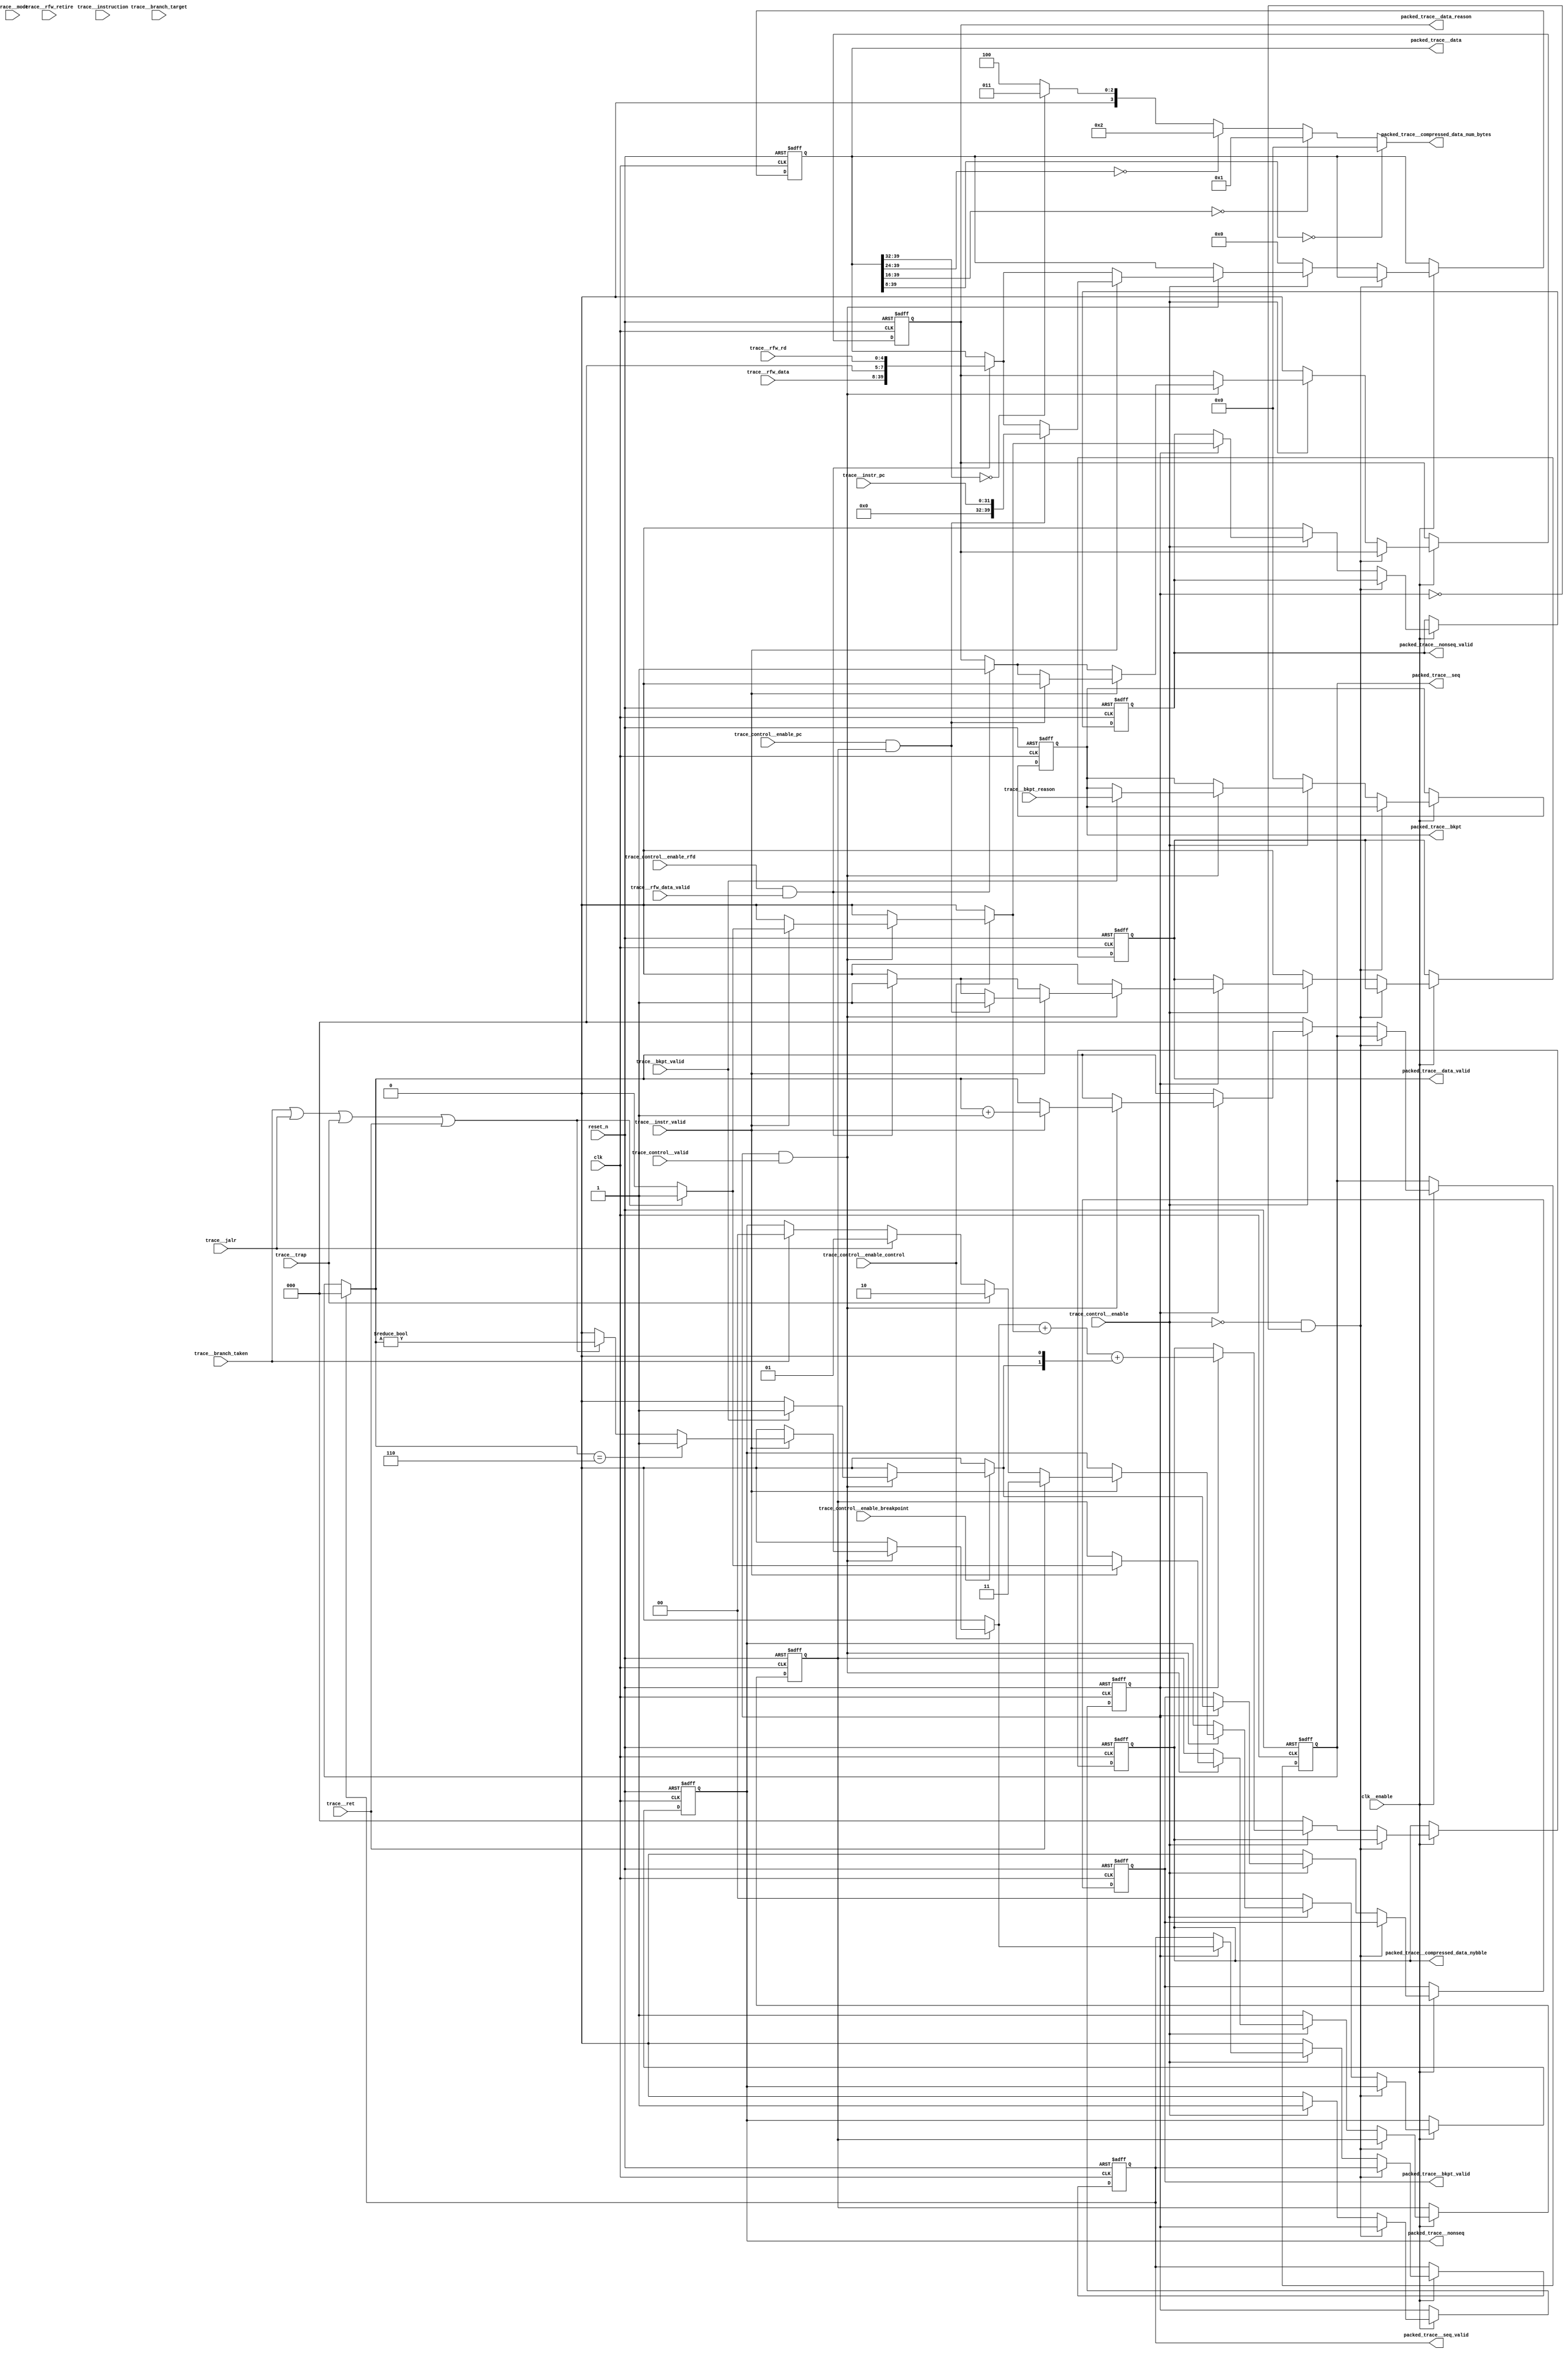
//a Note: created by CDL 1.4 - do not hand edit without recognizing it will be out of sync with the source
// Output mode 0 (VMOD=1, standard verilog=0)
// Verilog option comb reg suffix '__var'
// Verilog option include_displays 0
// Verilog option include_assertions 1
// Verilog option sv_assertions 0
// Verilog option assert delay string '<NULL>'
// Verilog option include_coverage 0
// Verilog option clock_gate_module_instance_type 'banana'
// Verilog option clock_gate_module_instance_extra_ports ''
// Verilog option use_always_at_star 1
// Verilog option clocks_must_have_enables 1

//a Module riscv_i32_trace_pack
    //   
    //   Packs an instruction trace according to the control passed in
    //   
module riscv_i32_trace_pack
(
    clk,
    clk__enable,

    trace__instr_valid,
    trace__mode,
    trace__instr_pc,
    trace__instruction,
    trace__branch_taken,
    trace__branch_target,
    trace__trap,
    trace__ret,
    trace__jalr,
    trace__rfw_retire,
    trace__rfw_data_valid,
    trace__rfw_rd,
    trace__rfw_data,
    trace__bkpt_valid,
    trace__bkpt_reason,
    trace_control__enable,
    trace_control__enable_control,
    trace_control__enable_pc,
    trace_control__enable_rfd,
    trace_control__enable_breakpoint,
    trace_control__valid,
    reset_n,

    packed_trace__seq_valid,
    packed_trace__seq,
    packed_trace__nonseq_valid,
    packed_trace__nonseq,
    packed_trace__bkpt_valid,
    packed_trace__bkpt,
    packed_trace__data_valid,
    packed_trace__data_reason,
    packed_trace__data,
    packed_trace__compressed_data_nybble,
    packed_trace__compressed_data_num_bytes
);

    //b Clocks
        //   Free-running clock
    input clk;
    input clk__enable;

    //b Inputs
        //   Trace signals
    input trace__instr_valid;
    input [2:0]trace__mode;
    input [31:0]trace__instr_pc;
    input [31:0]trace__instruction;
    input trace__branch_taken;
    input [31:0]trace__branch_target;
    input trace__trap;
    input trace__ret;
    input trace__jalr;
    input trace__rfw_retire;
    input trace__rfw_data_valid;
    input [4:0]trace__rfw_rd;
    input [31:0]trace__rfw_data;
    input trace__bkpt_valid;
    input [3:0]trace__bkpt_reason;
        //   Control of trace
    input trace_control__enable;
    input trace_control__enable_control;
    input trace_control__enable_pc;
    input trace_control__enable_rfd;
    input trace_control__enable_breakpoint;
    input trace_control__valid;
        //   Active low reset
    input reset_n;

    //b Outputs
        //   Packed trace
    output packed_trace__seq_valid;
    output [2:0]packed_trace__seq;
    output packed_trace__nonseq_valid;
    output [1:0]packed_trace__nonseq;
    output packed_trace__bkpt_valid;
    output [3:0]packed_trace__bkpt;
    output packed_trace__data_valid;
    output packed_trace__data_reason;
    output [39:0]packed_trace__data;
    output [2:0]packed_trace__compressed_data_nybble;
    output [3:0]packed_trace__compressed_data_num_bytes;

// output components here

    //b Output combinatorials
        //   Packed trace
    reg packed_trace__seq_valid;
    reg [2:0]packed_trace__seq;
    reg packed_trace__nonseq_valid;
    reg [1:0]packed_trace__nonseq;
    reg packed_trace__bkpt_valid;
    reg [3:0]packed_trace__bkpt;
    reg packed_trace__data_valid;
    reg packed_trace__data_reason;
    reg [39:0]packed_trace__data;
    reg [2:0]packed_trace__compressed_data_nybble;
    reg [3:0]packed_trace__compressed_data_num_bytes;

    //b Output nets

    //b Internal and output registers
    reg trace_state__enabled;
    reg trace_state__pc_required;
    reg trace_state__packed_trace__seq_valid;
    reg [2:0]trace_state__packed_trace__seq;
    reg trace_state__packed_trace__nonseq_valid;
    reg [1:0]trace_state__packed_trace__nonseq;
    reg trace_state__packed_trace__bkpt_valid;
    reg [3:0]trace_state__packed_trace__bkpt;
    reg trace_state__packed_trace__data_valid;
    reg trace_state__packed_trace__data_reason;
    reg [39:0]trace_state__packed_trace__data;
    reg [2:0]trace_state__packed_trace__compressed_data_nybble;
    reg [3:0]trace_state__packed_trace__compressed_data_num_bytes;

    //b Internal combinatorials
    reg [2:0]trace_combs__current_seq;
    reg [2:0]trace_combs__next_seq;
    reg trace_combs__next_seq_valid;
    reg trace_combs__next_nonseq_valid;
    reg trace_combs__next_bkpt_valid;
    reg trace_combs__next_data_valid;

    //b Internal nets

    //b Clock gating module instances
    //b Module instances
    //b compressed_trace_out combinatorial process
        //   
        //       Present the state - but bytes_valid is combinatorial from the state
        //       
    always @ ( * )//compressed_trace_out
    begin: compressed_trace_out__comb_code
    reg [3:0]packed_trace__compressed_data_num_bytes__var;
        packed_trace__seq_valid = trace_state__packed_trace__seq_valid;
        packed_trace__seq = trace_state__packed_trace__seq;
        packed_trace__nonseq_valid = trace_state__packed_trace__nonseq_valid;
        packed_trace__nonseq = trace_state__packed_trace__nonseq;
        packed_trace__bkpt_valid = trace_state__packed_trace__bkpt_valid;
        packed_trace__bkpt = trace_state__packed_trace__bkpt;
        packed_trace__data_valid = trace_state__packed_trace__data_valid;
        packed_trace__data_reason = trace_state__packed_trace__data_reason;
        packed_trace__data = trace_state__packed_trace__data;
        packed_trace__compressed_data_nybble = trace_state__packed_trace__compressed_data_nybble;
        packed_trace__compressed_data_num_bytes__var = trace_state__packed_trace__compressed_data_num_bytes;
        packed_trace__compressed_data_num_bytes__var = 4'h4;
        if ((packed_trace__data[39:32]==8'h0))
        begin
            packed_trace__compressed_data_num_bytes__var = 4'h3;
        end //if
        if ((packed_trace__data[39:24]==16'h0))
        begin
            packed_trace__compressed_data_num_bytes__var = 4'h2;
        end //if
        if ((packed_trace__data[39:16]==24'h0))
        begin
            packed_trace__compressed_data_num_bytes__var = 4'h1;
        end //if
        if ((packed_trace__data[39:8]==32'h0))
        begin
            packed_trace__compressed_data_num_bytes__var = 4'h0;
        end //if
        packed_trace__compressed_data_num_bytes = packed_trace__compressed_data_num_bytes__var;
    end //always

    //b trace_state_logic__comb combinatorial process
        //   
        //       Probably a trap can happen even if trace.instr_valid is not asserted
        //       
    always @ ( * )//trace_state_logic__comb
    begin: trace_state_logic__comb_code
    reg [2:0]trace_combs__current_seq__var;
    reg [2:0]trace_combs__next_seq__var;
    reg trace_combs__next_seq_valid__var;
    reg trace_combs__next_nonseq_valid__var;
    reg trace_combs__next_bkpt_valid__var;
    reg trace_combs__next_data_valid__var;
        trace_combs__current_seq__var = trace_state__packed_trace__seq;
        if ((trace_state__packed_trace__seq_valid!=1'h0))
        begin
            trace_combs__current_seq__var = 3'h0;
        end //if
        trace_combs__next_seq__var = trace_combs__current_seq__var;
        trace_combs__next_seq_valid__var = 1'h0;
        trace_combs__next_nonseq_valid__var = 1'h0;
        trace_combs__next_bkpt_valid__var = 1'h0;
        trace_combs__next_data_valid__var = 1'h0;
        if (((trace_state__enabled!=1'h0)&&(trace_control__valid!=1'h0)))
        begin
            if ((trace__bkpt_valid!=1'h0))
            begin
                trace_combs__next_bkpt_valid__var = 1'h1;
            end //if
            if (((trace_control__enable_rfd!=1'h0)&&(trace__rfw_data_valid!=1'h0)))
            begin
                trace_combs__next_data_valid__var = 1'h1;
            end //if
            if ((trace__instr_valid!=1'h0))
            begin
                if (((((trace__branch_taken | trace__jalr) | trace__trap) | trace__ret)!=1'h0))
                begin
                    trace_combs__next_nonseq_valid__var = 1'h1;
                    trace_combs__next_seq_valid__var = (trace_combs__current_seq__var!=3'h0);
                end //if
                trace_combs__next_seq__var = (trace_combs__current_seq__var+3'h1);
                if ((trace_combs__current_seq__var==3'h6))
                begin
                    trace_combs__next_seq_valid__var = 1'h1;
                end //if
                if (((trace_control__enable_pc!=1'h0)&&(trace_state__pc_required!=1'h0)))
                begin
                    trace_combs__next_data_valid__var = 1'h1;
                end //if
            end //if
        end //if
        if (!(trace_control__enable_breakpoint!=1'h0))
        begin
            trace_combs__next_bkpt_valid__var = 1'h0;
        end //if
        if (!(trace_control__enable_control!=1'h0))
        begin
            trace_combs__next_seq_valid__var = 1'h0;
            trace_combs__next_nonseq_valid__var = 1'h0;
        end //if
        trace_combs__current_seq = trace_combs__current_seq__var;
        trace_combs__next_seq = trace_combs__next_seq__var;
        trace_combs__next_seq_valid = trace_combs__next_seq_valid__var;
        trace_combs__next_nonseq_valid = trace_combs__next_nonseq_valid__var;
        trace_combs__next_bkpt_valid = trace_combs__next_bkpt_valid__var;
        trace_combs__next_data_valid = trace_combs__next_data_valid__var;
    end //always

    //b trace_state_logic__posedge_clk_active_low_reset_n clock process
        //   
        //       Probably a trap can happen even if trace.instr_valid is not asserted
        //       
    always @( posedge clk or negedge reset_n)
    begin : trace_state_logic__posedge_clk_active_low_reset_n__code
        if (reset_n==1'b0)
        begin
            trace_state__packed_trace__seq <= 3'h0;
            trace_state__packed_trace__bkpt <= 4'h0;
            trace_state__packed_trace__data_reason <= 1'h0;
            trace_state__packed_trace__data <= 40'h0;
            trace_state__packed_trace__compressed_data_num_bytes <= 4'h0;
            trace_state__pc_required <= 1'h0;
            trace_state__pc_required <= 1'h1;
            trace_state__packed_trace__nonseq <= 2'h0;
            trace_state__packed_trace__seq_valid <= 1'h0;
            trace_state__packed_trace__nonseq_valid <= 1'h0;
            trace_state__packed_trace__bkpt_valid <= 1'h0;
            trace_state__packed_trace__data_valid <= 1'h0;
            trace_state__packed_trace__compressed_data_nybble <= 3'h0;
            trace_state__enabled <= 1'h0;
        end
        else if (clk__enable)
        begin
            if ((trace_state__packed_trace__seq_valid!=1'h0))
            begin
                trace_state__packed_trace__seq <= 3'h0;
            end //if
            if (((trace_state__enabled!=1'h0)&&(trace_control__valid!=1'h0)))
            begin
                if ((trace__bkpt_valid!=1'h0))
                begin
                    trace_state__packed_trace__bkpt <= trace__bkpt_reason;
                end //if
                if (((trace_control__enable_rfd!=1'h0)&&(trace__rfw_data_valid!=1'h0)))
                begin
                    trace_state__packed_trace__data_reason <= 1'h1;
                    trace_state__packed_trace__data <= {{trace__rfw_data,3'h0},trace__rfw_rd};
                    trace_state__packed_trace__compressed_data_num_bytes <= 4'h0;
                end //if
                if ((trace__instr_valid!=1'h0))
                begin
                    trace_state__pc_required <= 1'h0;
                    if (((((trace__branch_taken | trace__jalr) | trace__trap) | trace__ret)!=1'h0))
                    begin
                        trace_state__pc_required <= 1'h1;
                    end //if
                    if ((trace__branch_taken!=1'h0))
                    begin
                        trace_state__packed_trace__nonseq <= 2'h0;
                    end //if
                    if ((trace__jalr!=1'h0))
                    begin
                        trace_state__packed_trace__nonseq <= 2'h1;
                    end //if
                    if ((trace__trap!=1'h0))
                    begin
                        trace_state__packed_trace__nonseq <= 2'h2;
                    end //if
                    if ((trace__ret!=1'h0))
                    begin
                        trace_state__packed_trace__nonseq <= 2'h3;
                    end //if
                    if (((trace_control__enable_pc!=1'h0)&&(trace_state__pc_required!=1'h0)))
                    begin
                        trace_state__packed_trace__data_reason <= 1'h0;
                        trace_state__packed_trace__data <= {8'h0,trace__instr_pc};
                        trace_state__packed_trace__compressed_data_num_bytes <= 4'h0;
                    end //if
                end //if
            end //if
            if ((trace_state__enabled!=1'h0))
            begin
                trace_state__packed_trace__seq_valid <= trace_combs__next_seq_valid;
                trace_state__packed_trace__nonseq_valid <= trace_combs__next_nonseq_valid;
                trace_state__packed_trace__bkpt_valid <= trace_combs__next_bkpt_valid;
                trace_state__packed_trace__data_valid <= trace_combs__next_data_valid;
                trace_state__packed_trace__seq <= trace_combs__next_seq;
                trace_state__packed_trace__compressed_data_nybble <= (({2'h0,trace_combs__next_seq_valid}+{2'h0,trace_combs__next_nonseq_valid})+{{1'h0,trace_combs__next_bkpt_valid},1'h0});
            end //if
            if ((trace_control__enable!=1'h0))
            begin
                trace_state__enabled <= 1'h1;
            end //if
            else
            
            begin
                trace_state__enabled <= 1'h0;
                trace_state__pc_required <= 1'h0;
                trace_state__packed_trace__seq_valid <= 1'h0;
                trace_state__packed_trace__seq <= 3'h0;
                trace_state__packed_trace__nonseq_valid <= 1'h0;
                trace_state__packed_trace__nonseq <= 2'h0;
                trace_state__packed_trace__bkpt_valid <= 1'h0;
                trace_state__packed_trace__bkpt <= 4'h0;
                trace_state__packed_trace__data_valid <= 1'h0;
                trace_state__packed_trace__data_reason <= 1'h0;
                trace_state__packed_trace__data <= 40'h0;
                trace_state__packed_trace__compressed_data_nybble <= 3'h0;
                trace_state__packed_trace__compressed_data_num_bytes <= 4'h0;
                trace_state__pc_required <= 1'h1;
            end //else
            if ((!(trace_control__enable!=1'h0)&&!(trace_state__enabled!=1'h0)))
            begin
                trace_state__enabled <= trace_state__enabled;
                trace_state__pc_required <= trace_state__pc_required;
                trace_state__packed_trace__seq_valid <= trace_state__packed_trace__seq_valid;
                trace_state__packed_trace__seq <= trace_state__packed_trace__seq;
                trace_state__packed_trace__nonseq_valid <= trace_state__packed_trace__nonseq_valid;
                trace_state__packed_trace__nonseq <= trace_state__packed_trace__nonseq;
                trace_state__packed_trace__bkpt_valid <= trace_state__packed_trace__bkpt_valid;
                trace_state__packed_trace__bkpt <= trace_state__packed_trace__bkpt;
                trace_state__packed_trace__data_valid <= trace_state__packed_trace__data_valid;
                trace_state__packed_trace__data_reason <= trace_state__packed_trace__data_reason;
                trace_state__packed_trace__data <= trace_state__packed_trace__data;
                trace_state__packed_trace__compressed_data_nybble <= trace_state__packed_trace__compressed_data_nybble;
                trace_state__packed_trace__compressed_data_num_bytes <= trace_state__packed_trace__compressed_data_num_bytes;
            end //if
        end //if
    end //always

endmodule // riscv_i32_trace_pack